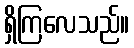
ရှိကြလေသည်။